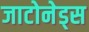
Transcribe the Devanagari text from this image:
जाटोनेड्स